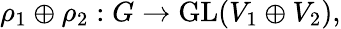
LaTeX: \rho_{1}\oplus\rho_{2}:G\to{\mathrm{GL}}(V_{1}\oplus V_{2}),